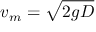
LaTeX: v _ { m } = { \sqrt { 2 g D } }